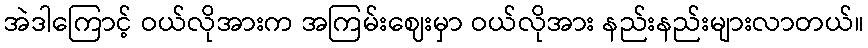
အဲဒါကြောင့် ဝယ်လိုအားက အကြမ်းဈေးမှာ ဝယ်လိုအား နည်းနည်းများလာတယ်။